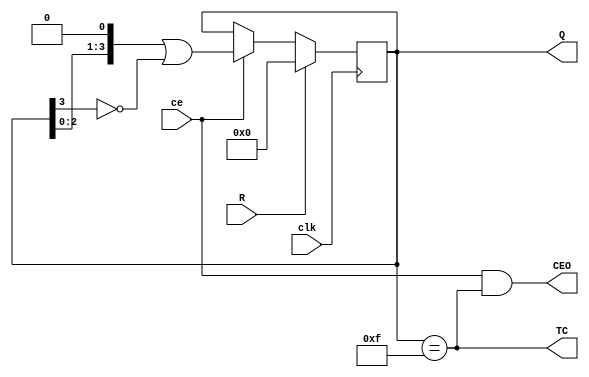
`timescale 1ns / 1ps
//////////////////////////////////////////////////////////////////////////////////
// Company: 
// Engineer: 
// 
// Design Name: 
// Module Name:    VCJmRE 
// Project Name: 
// Target Devices: 
// Tool versions: 
// Description: 
//
// Dependencies: 
//
// Revision: 
// Revision 0.01 - File Created
// Additional Comments: 
//
//////////////////////////////////////////////////////////////////////////////////

`define m 4

module VCJmRE (input ce,  output wire TC,
               input clk, output wire CEO,
               input R,   output reg[`m-1:0] Q = 0);
assign TC = (Q == (1 << `m) - 1); //q0,q1,...q'm-1 ==1
assign CEO = ce & TC; // 
always @ (posedge clk) begin
Q <= R ? 0 : ce ? Q << 1 | !Q[`m-1] : Q;
end
endmodule